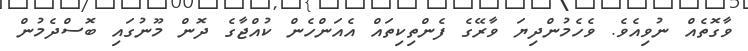
ވާގޮތެއް ނުވިއެވެ. ވެހެމުންދިޔަ ވާރޭގެ ފެންތިކިތައް އެއަންހެން ކުއްޖާގެ ދޮން މޫނުގައި ބޮސްދެމުން